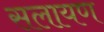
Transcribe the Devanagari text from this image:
सलायण